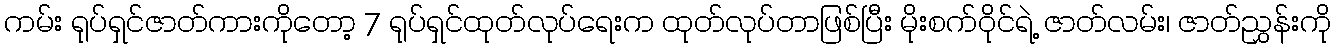
ကမ်း ရုပ်ရှင်ဇာတ်ကားကိုတော့ 7 ရုပ်ရှင်ထုတ်လုပ်ရေးက ထုတ်လုပ်တာဖြစ်ပြီး မိုးစက်ဝိုင်ရဲ့ ဇာတ်လမ်း၊ ဇာတ်ညွှန်းကို